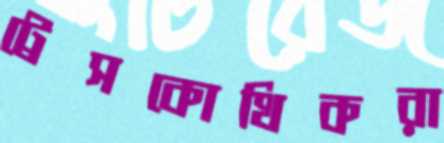
ট্রেসকোথিকরা